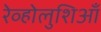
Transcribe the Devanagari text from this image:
रेव्होलुशिआँ